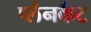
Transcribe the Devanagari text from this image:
प्लैनकैट